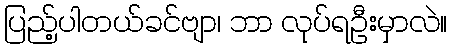
ပြည့်ပါတယ်ခင်ဗျာ၊ ဘာ လုပ်ရဦးမှာလဲ။